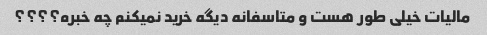
مالیات خیلی طور هست و متاسفانه دیگه خرید نمیکنم چه خبره؟؟؟؟